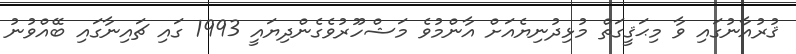
ޤުރުއާނުގައި ވާ މިޙަޤީގަތް މުޅިދުނިޔެއަށް އާންމުވެ މަޝްހޫރުވެގެންދިޔައީ 1993 ގައި ޗައިނާގައި ބޭއްވުނު